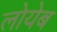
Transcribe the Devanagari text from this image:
लोयेब